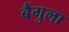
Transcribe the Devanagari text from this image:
बैंगुला